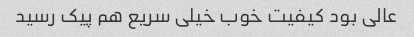
عالی بود کیفیت خوب خیلی سریع هم پیک رسید